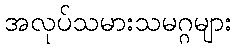
အလုပ်သမားသမဂ္ဂများ